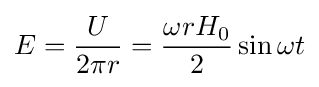
E={\frac {U}{2\pi r}}={\frac {\omega rH_{0}}{2}}\sin \omega t